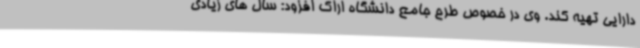
دارایی تهیه کند. وی در خصوص طرح جامع دانشگاه اراک افزود: سال های زیادی